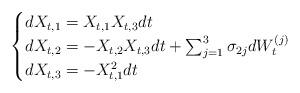
LaTeX: \begin{align*}\begin{cases}d X_{t,1} = X_{t,1} X_{t,3} dt \\ d X_{t,2} = - X_{t,2}X_{t,3}dt + \sum_{j=1}^3 \sigma_{2 j} dW_t^{(j)} \\ d X_{t,3} = -X_{t,1}^2dt \end{cases}\end{align*}